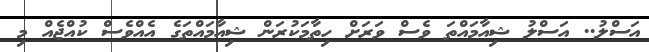
އަސްލު.. އަސްލު ޝިއާމައްތަ ވެސް ވަރަށް ހިތާމަކުރަން ޝިއާމައްތަގެ އެއްވެސް ކުއްޖެއް މި